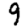
Digit: 9